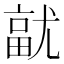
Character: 𭕓